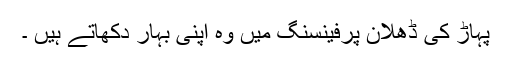
پہاڑ کی ڈھلان پرفینسنگ میں وہ اپنی بہار دکھاتے ہیں ۔